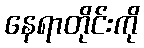
နေရာတိုင်းကို